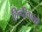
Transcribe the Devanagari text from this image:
हिन्दीवालों